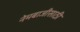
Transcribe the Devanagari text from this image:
नेमबाजीसाठी